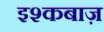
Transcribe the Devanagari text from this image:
इश्कबाज़